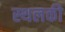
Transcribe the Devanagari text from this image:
स्‍थलकी